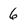
Character: 6